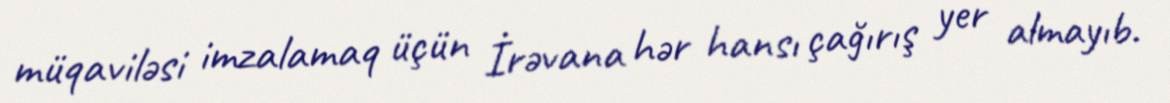
müqaviləsi imzalamaq üçün İrəvana hər hansı çağırış yer almayıb.